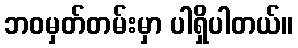
ဘဝမှတ်တမ်းမှာ ပါရှိပါတယ်။